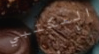
المكتبي